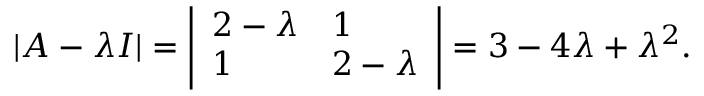
| A - \lambda I | = { \left| \begin{array} { l l } { 2 - \lambda } & { 1 } \\ { 1 } & { 2 - \lambda } \end{array} \right| } = 3 - 4 \lambda + \lambda ^ { 2 } .